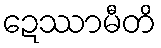
ဍေဿာမီတိ